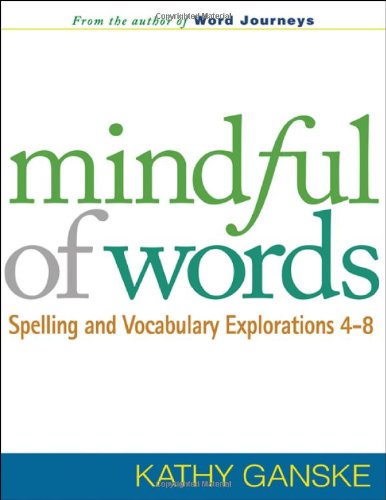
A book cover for Mindful of Words: Spelling and Vocabulary Explorations 4-8 (Solving Problems in the Teaching of Literacy); Kathy Ganske Phd; Reference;